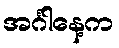
အင်္ဂါနေ့က